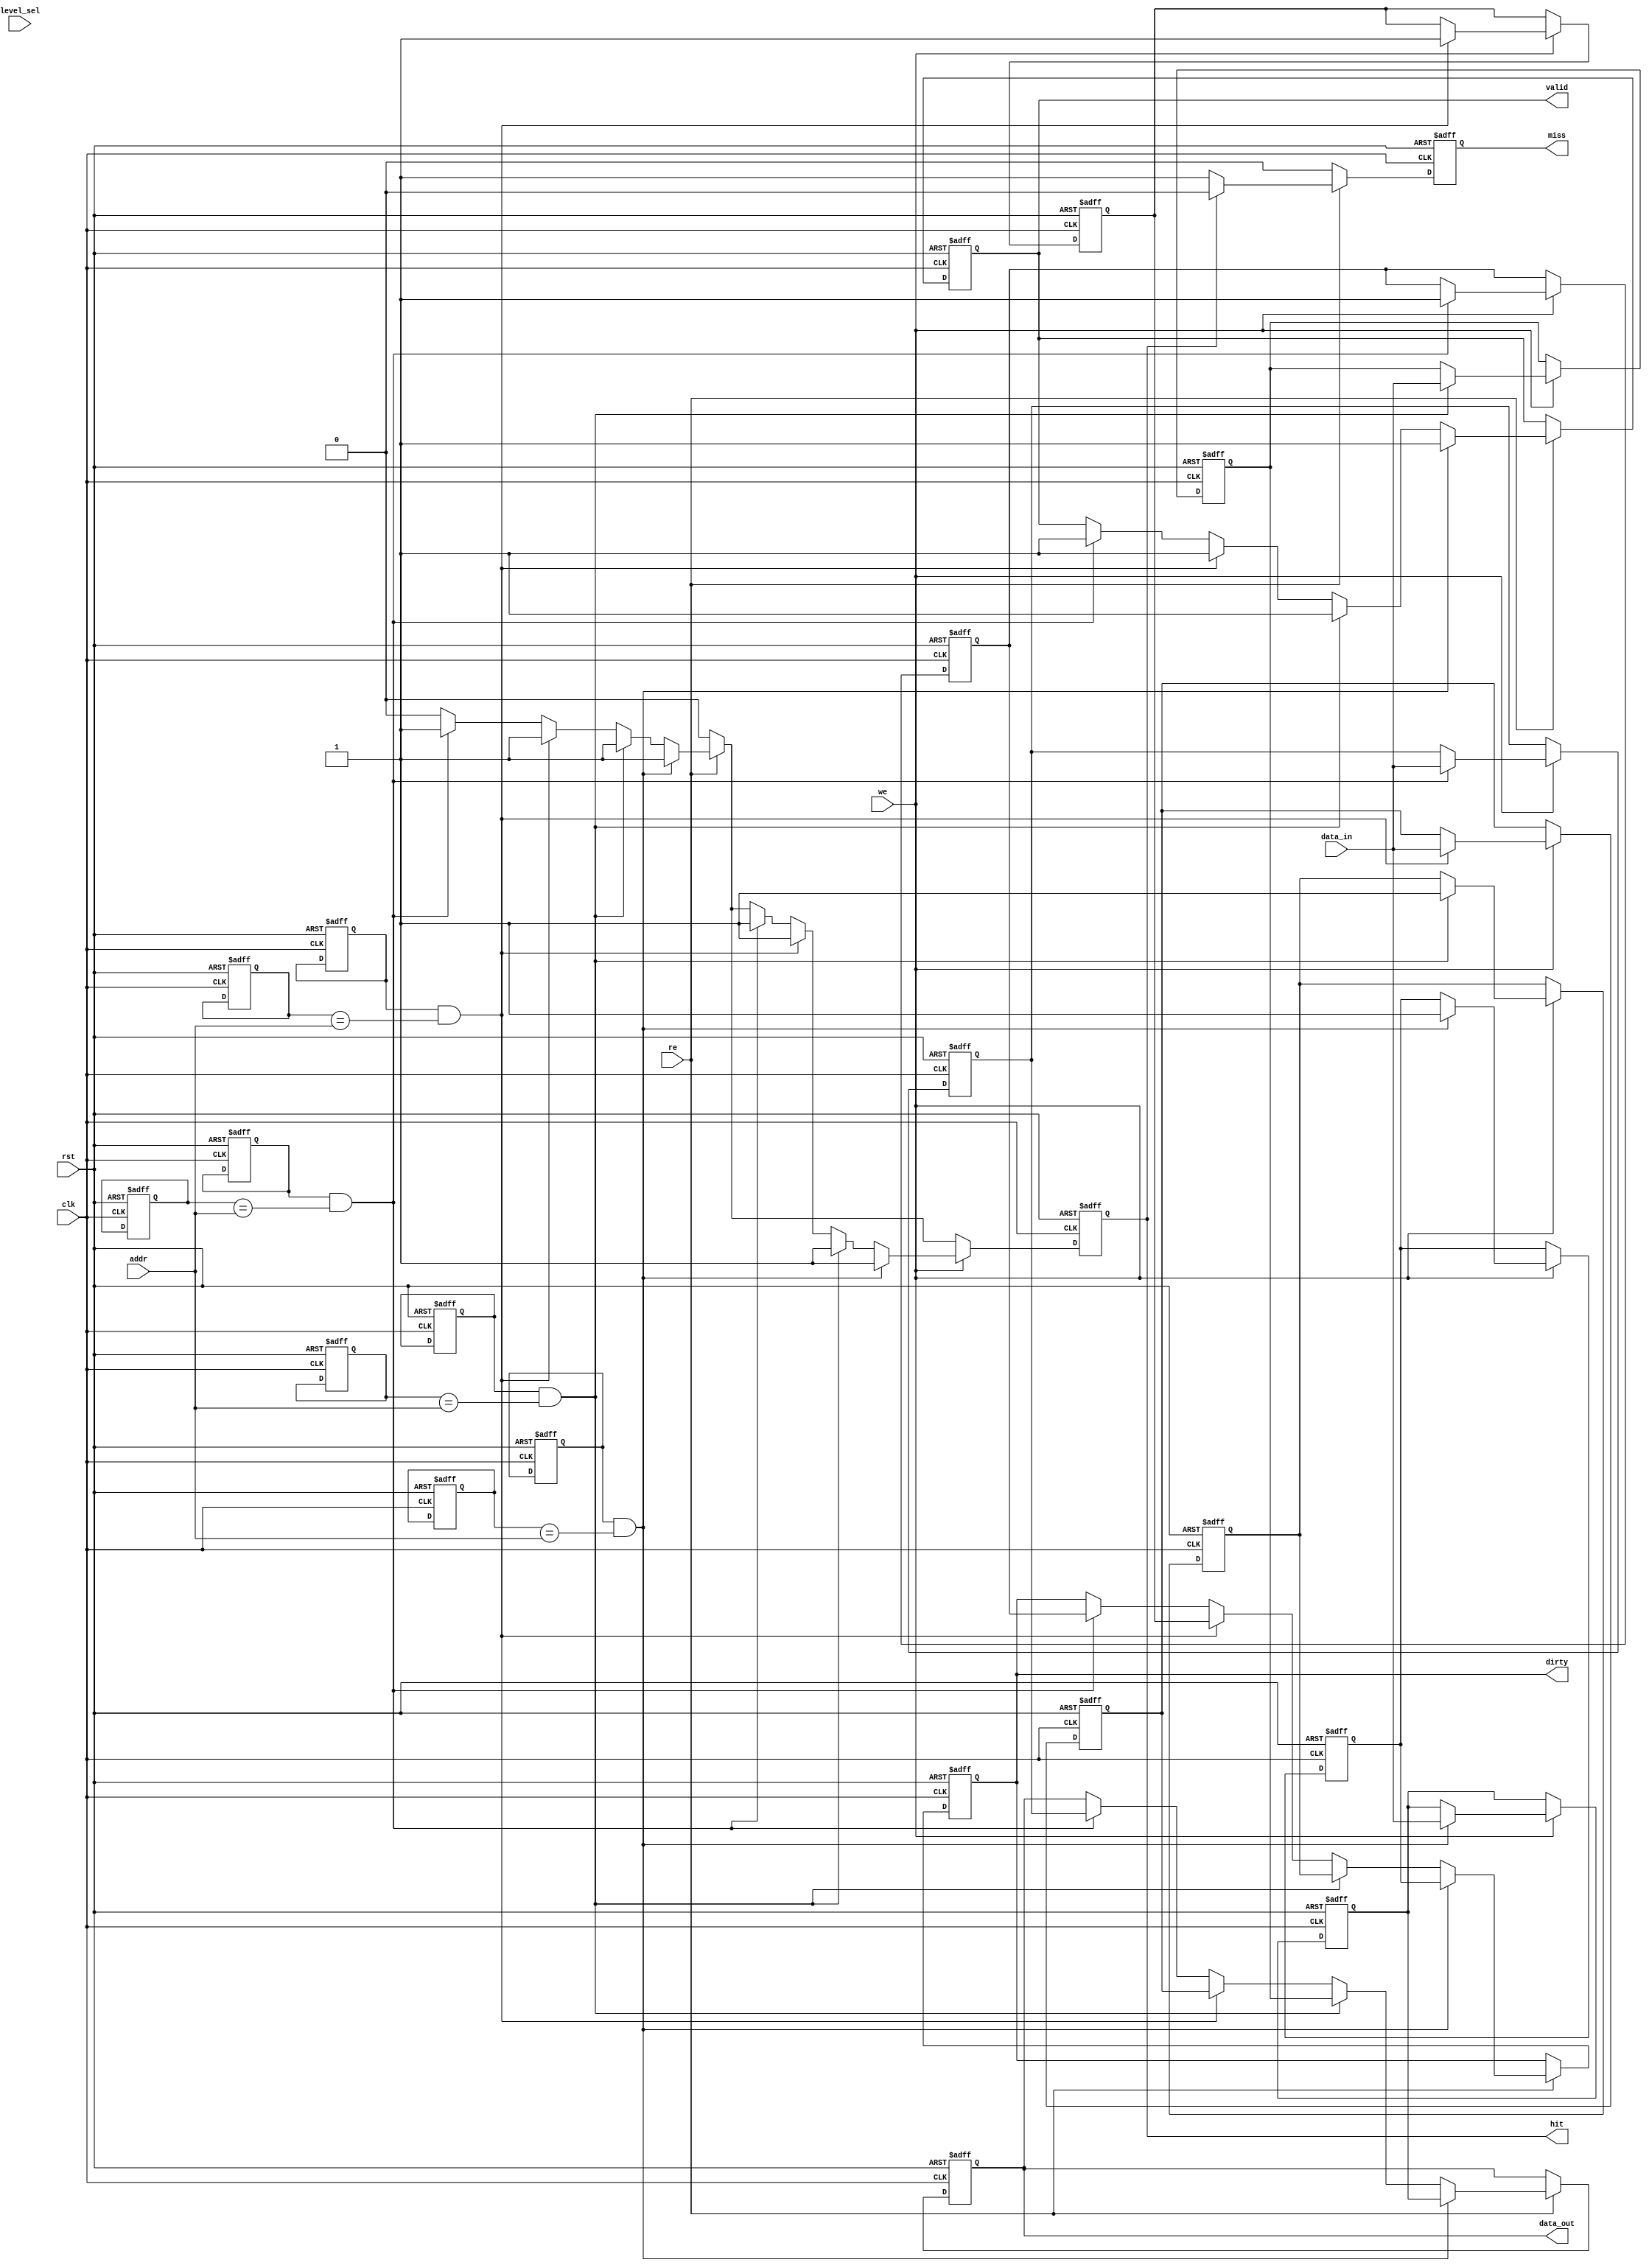
module multi_level_cache_io (
    input wire clk,
    input wire rst,
    input wire [31:0] addr,       // Address bus (32-bit)
    input wire [31:0] data_in,    // Data input bus (32-bit)
    input wire we,                // Write Enable
    input wire re,                // Read Enable
    input wire [1:0] level_sel,   // Cache Level Select (2 bits)
    output reg [31:0] data_out,    // Data output bus (32-bit)
    output reg hit,               // Hit signal
    output reg miss,              // Miss signal
    output reg dirty,             // Dirty bit
    output reg valid               // Valid bit
);

    // Cache line structure
    reg [31:0] cache_data [0:3];   // Example: 4 lines of cache data
    reg [31:0] cache_addr [0:3];    // Cache addresses
    reg valid_bit [0:3];            // Valid bits for each cache line
    reg dirty_bit [0:3];            // Dirty bits for each cache line

    // Cache operation
    integer i;

    always @(posedge clk or posedge rst) begin
        if (rst) begin
            // Reset all cache lines
            for (i = 0; i < 4; i = i + 1) begin
                cache_data[i] <= 32'b0;
                cache_addr[i] <= 32'b0;
                valid_bit[i] <= 1'b0;
                dirty_bit[i] <= 1'b0;
            end
            data_out <= 32'b0;
            hit <= 1'b0;
            miss <= 1'b0;
            dirty <= 1'b0;
            valid <= 1'b0;
        end else begin
            hit <= 1'b0;
            miss <= 1'b0;

            // Check for read operation
            if (re) begin
                for (i = 0; i < 4; i = i + 1) begin
                    if (valid_bit[i] && (cache_addr[i] == addr)) begin
                        // Cache hit
                        data_out <= cache_data[i];
                        hit <= 1'b1;
                        valid <= 1'b1;
                        dirty <= dirty_bit[i];
                    end
                end
                if (!hit) begin
                    // Cache miss
                    miss <= 1'b1;
                    // Fetch logic from next level or main memory can be added here
                end
            end

            // Check for write operation
            if (we) begin
                for (i = 0; i < 4; i = i + 1) begin
                    if (valid_bit[i] && (cache_addr[i] == addr)) begin
                        // Update existing cache line
                        cache_data[i] <= data_in;
                        dirty_bit[i] <= 1'b1; // Mark as dirty
                        hit <= 1'b1;
                    end
                end
                if (!hit) begin
                    // Cache miss on write, add logic to handle it
                    // This could involve writing back to lower level or main memory
                end
            end
        end
    end

endmodule